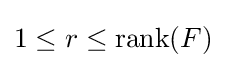
1\leq r\leq {\text{rank}}(F)